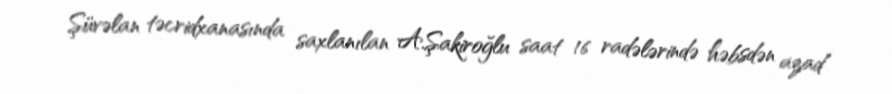
Şüvəlan təcridxanasında saxlanılan A.Şakiroğlu saat 16 radələrində həbsdən azad